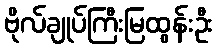
ဗိုလ်ချုပ်ကြီးမြထွန်းဦး